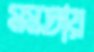
মমতায়